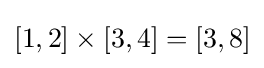
[1,2]\times [3,4]=[3,8]